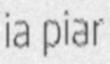
ia piar